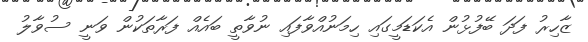
ޒާހިރު ފަދަ ބޭފުޅުން އެކަޑަމީގައި ހިމަނުއްވާފައި ނުވާތީ ބައެއް ފަރާތަކުން ވަނީ ސުވާލު